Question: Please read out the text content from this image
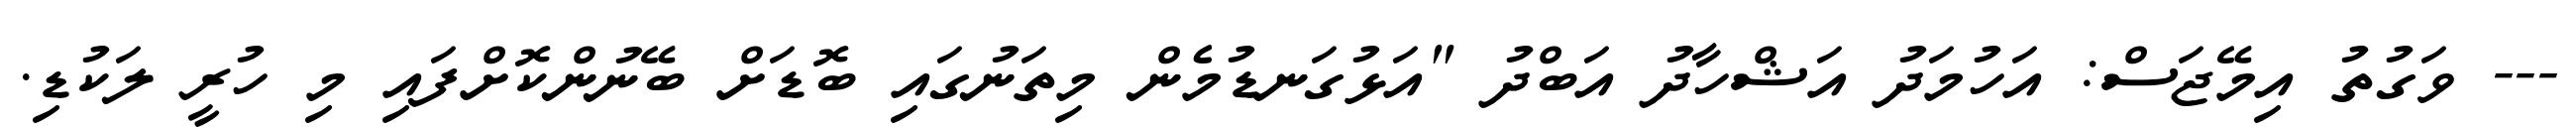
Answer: --- ވަގުތު އިމޭޖަސް: އަހުމަދު އަޝްހާދު އަބްދު "އަޅުގަނޑުމެން މިތަނުގައި ބޮޑަށް ބޭނުންކޮށްފައި މި ހުރީ ލަކުޑި.